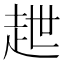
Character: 𧺿